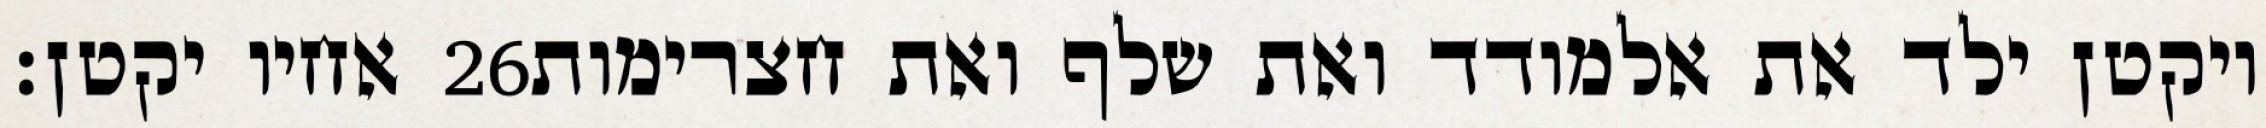
אחיו יקטן׃ ‎26‏ ויקטן ילד את אלמודד ואת שלף ואת חצרימות